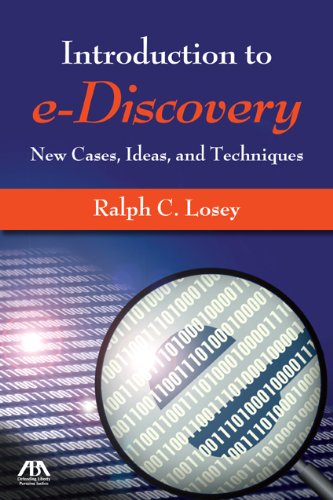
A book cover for An Introduction to e-Discovery: New Cases, Ideas, and Techniques; Ralph C. Losey; Computers & Technology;